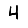
Digit: 4